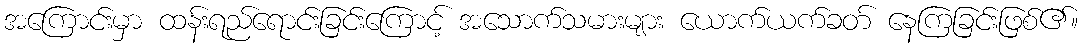
အကြောင်းမှာ ထန်းရည်ရောင်းခြင်းကြောင့် အသောက်သမားများ ယောက်ယက်ခတ် နေကြခြင်းဖြစ်၏။